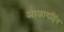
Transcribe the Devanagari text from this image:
आजादहिंद